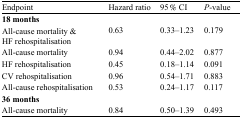
<table><thead><tr><td><b>Endpoint</b></td><td><b>Hazard ratio</b></td><td><b>95 % CI</b></td><td><b><i>P</i>-value</b></td></tr></thead><tbody><tr><td colspan="4"><b>18 months</b></td></tr><tr><td>All-cause mortality &amp; HF rehospitalisation</td><td>0.63</td><td>0.33–1.23</td><td>0.179</td></tr><tr><td>All-cause mortality</td><td>0.94</td><td>0.44–2.02</td><td>0.877</td></tr><tr><td>HF rehospitalisation</td><td>0.45</td><td>0.18–1.14</td><td>0.091</td></tr><tr><td>CV rehospitalisation</td><td>0.96</td><td>0.54–1.71</td><td>0.883</td></tr><tr><td>All-cause rehospitalisation</td><td>0.53</td><td>0.24–1.17</td><td>0.117</td></tr><tr><td colspan="4"><b>36 months</b></td></tr><tr><td>All-cause mortality</td><td>0.84</td><td>0.50–1.39</td><td>0.493</td></tr></tbody></table>